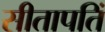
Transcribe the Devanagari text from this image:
सीतापतिं